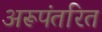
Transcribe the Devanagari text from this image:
अरूपंतरित